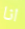
انا